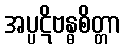
အပ္ပဋိဗန္ဓစိတ္တာ